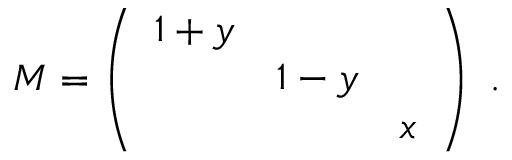
{ \cal M } = \left( \begin{array} { c c c } { { 1 + y } } & { { } } & { { } } \\ { { } } & { { 1 - y } } & { { } } \\ { { } } & { { } } & { { x } } \end{array} \right) \ .